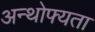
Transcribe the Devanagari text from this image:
अन्थोफ्यता